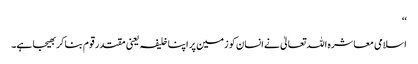
‘‘
اسلامی معاشرہ اللہ تعالیٰ نے انسان کو زمین پر اپنا خلیفہ یعنی مقتدر قوم بنا کر بھیجا ہے۔